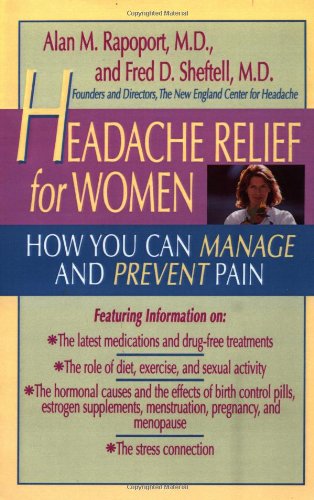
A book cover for Headache Relief for Women: How You Can Manage and Prevent Pain; Alan M. Rapoport; Health, Fitness & Dieting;